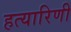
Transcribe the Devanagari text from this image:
हत्यारिणी